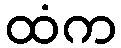
ထံက